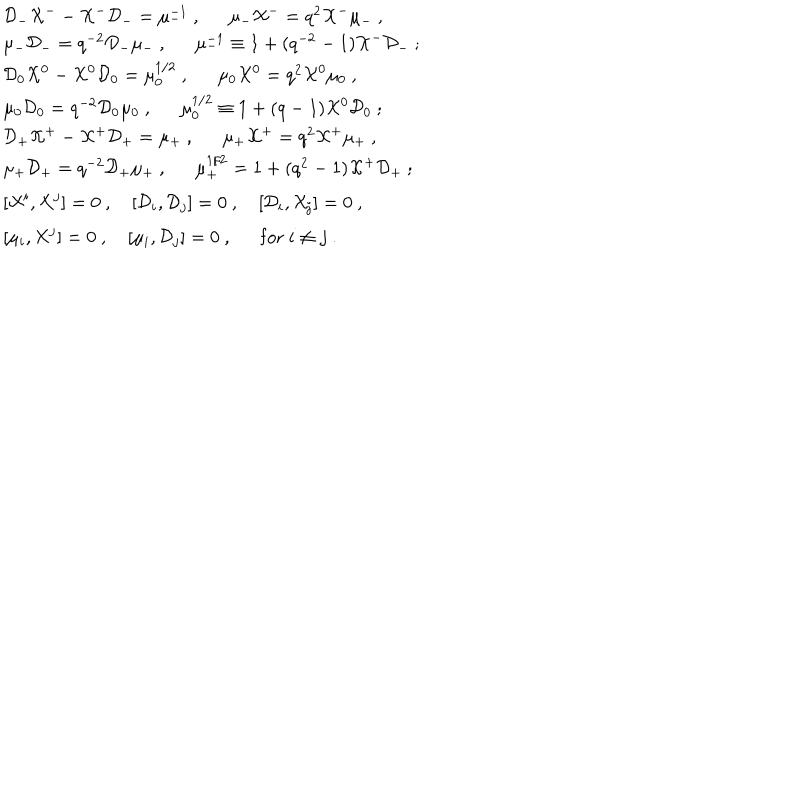
\begin{array} { l } { { { \cal D } _ { - } { \cal X } ^ { -- } { \cal X } ^ { - } { \cal D } _ { - } = \mu _ { - } ^ { - 1 } ~ , \mu _ { - } { \cal X } ^ { - } = q ^ { 2 } { \cal X } ^ { - } \mu _ { - } ~ , } } \\ { { \mu _ { - } { \cal D } _ { - } = q ^ { - 2 } { \cal D } _ { - } \mu _ { - } ~ , \mu _ { - } ^ { - 1 } \equiv 1 + ( q ^ { - 2 } - 1 ) { \cal X } ^ { - } { \cal D } _ { - } ~ ; } } \\ { { { \cal D } _ { 0 } { \cal X } ^ { 0 } - { \cal X } ^ { 0 } { \cal D } _ { 0 } = \mu _ { 0 } ^ { 1 / 2 } ~ , \mu _ { 0 } { \cal X } ^ { 0 } = q ^ { 2 } { \cal X } ^ { 0 } \mu _ { 0 } ~ , } } \\ { { \mu _ { 0 } { \cal D } _ { 0 } = q ^ { - 2 } { \cal D } _ { 0 } \mu _ { 0 } ~ , \mu _ { 0 } ^ { 1 / 2 } \equiv 1 + ( q - 1 ) { \cal X } ^ { 0 } { \cal D } _ { 0 } ~ ; } } \\ { { { \cal D } _ { + } { \cal X } ^ { + } - { \cal X } ^ { + } { \cal D } _ { + } = \mu _ { + } ~ , \mu _ { + } { \cal X } ^ { + } = q ^ { 2 } { \cal X } ^ { + } \mu _ { + } ~ , } } \\ { { \mu _ { + } { \cal D } _ { + } = q ^ { - 2 } { \cal D } _ { + } \mu _ { + } ~ , \mu _ { + } ^ { 1 / 2 } = 1 + ( q ^ { 2 } - 1 ) { \cal X } ^ { + } { \cal D } _ { + } ~ ; } } \\ { { [ { \cal X } ^ { i } , { \cal X } ^ { j } ] = 0 ~ , ~ [ { \cal D } _ { i } , { \cal D } _ { j } ] = 0 ~ , ~ [ { \cal D } _ { i } , { \cal X } _ { j } ] = 0 ~ , } } \\ { { [ \mu _ { i } , { \cal X } ^ { j } ] = 0 ~ , ~ [ \mu _ { i } , { \cal D } _ { j } ] = 0 ~ , \mathrm { f o r } ~ i \not = j ~ . } } \\ \end{array}